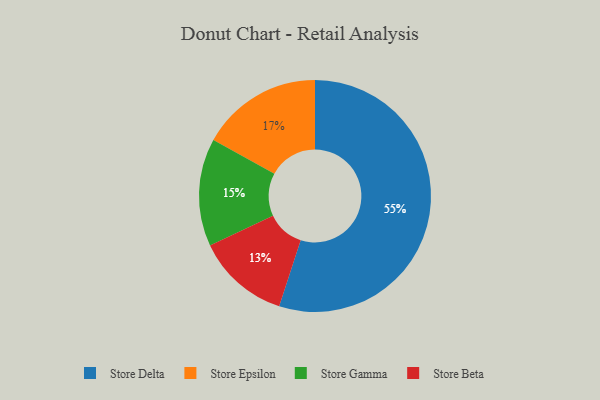
{"axis": {"x": "Category", "y": "Percentage"}, "legend": ["Store Beta", "Store Delta", "Store Epsilon", "Store Gamma"], "data": [{"x": "Store Epsilon", "y": 17, "type": "Store Epsilon"}, {"x": "Store Gamma", "y": 15, "type": "Store Gamma"}, {"x": "Store Beta", "y": 13, "type": "Store Beta"}, {"x": "Store Delta", "y": 55, "type": "Store Delta"}]}